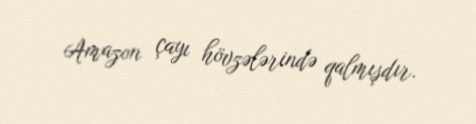
Amazon çayı hövzələrində qalmışdır.